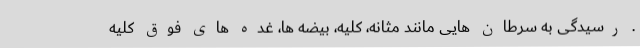
. رسیدگی به سرطان هایی مانند مثانه، کلیه، بیضه ها، غده های فوق کلیه